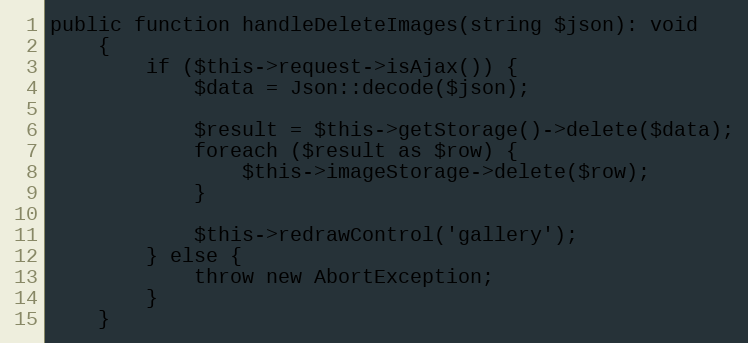
Language: PHP
public function handleDeleteImages(string $json): void
	{
		if ($this->request->isAjax()) {
			$data = Json::decode($json);

			$result = $this->getStorage()->delete($data);
			foreach ($result as $row) {
				$this->imageStorage->delete($row);
			}

			$this->redrawControl('gallery');
		} else {
			throw new AbortException;
		}
	}